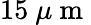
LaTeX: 15~\mu\mathrm{~m~}